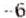
-6